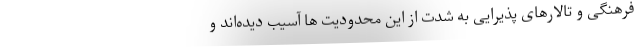
فرهنگی و تالارهای پذیرایی به شدت از این محدودیت ها آسیب دیده‌اند و